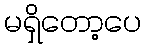
မရှိတော့ပေ